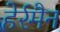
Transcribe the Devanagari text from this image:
हेर्रमैन